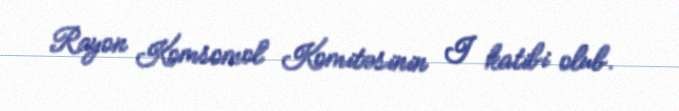
Rayon Komsomol Komitəsinin I katibi olub.